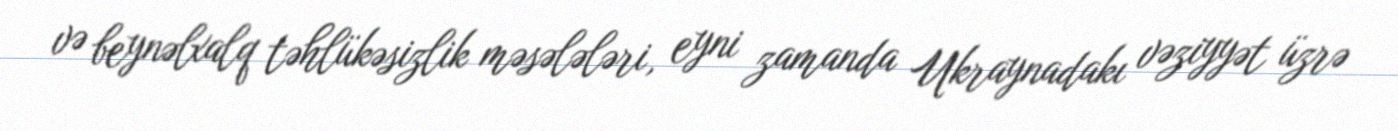
və beynəlxalq təhlükəsizlik məsələləri, eyni zamanda Ukraynadakı vəziyyət üzrə